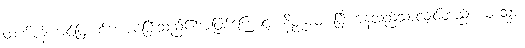
ထက်ဝန်းကျင်ဖြူစင်စေအပ်ပြီးသည်၏အဖြစ်ကြောင့်။ နိပ္ဖန္နာဝ၊ ပြီးကုန်သည်သာလျှင်တည်း။ တသ္မာ၊